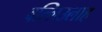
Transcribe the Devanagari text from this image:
वल्लिउलाह